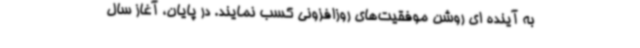
به آینده ای روشن موفقیت‌های روزافزونی کسب نمایند. در پایان، آغاز سال